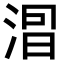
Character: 𣷤